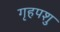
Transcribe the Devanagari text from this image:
गृहपशु